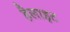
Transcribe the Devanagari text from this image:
हैलाइट